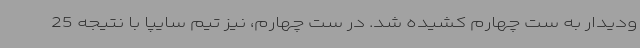
ودیدار به ست چهارم کشیده شد. در ست چهارم، نیز تیم سایپا با نتیجه 25